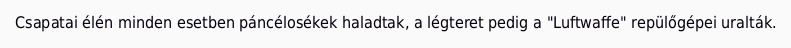
Csapatai élén minden esetben páncélosékek haladtak, a légteret pedig a "Luftwaffe" repülőgépei uralták.